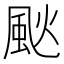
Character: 𩖧